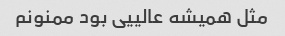
مثل همیشه عالییی بود ممنونم